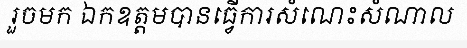
រួចមក ឯកឧត្តមបានធ្វើការសំណេះសំណាល